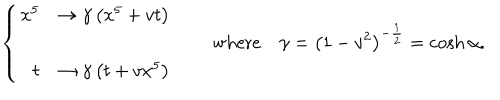
\left\{ \begin{array} { r l } { { x ^ { 5 } } } & { { \rightarrow \gamma \left( x ^ { 5 } + v t \right) } } \\ { { } } & { { } } \\ { { t } } & { { \rightarrow \gamma \left( t + v x ^ { 5 } \right) } } \\ \end{array} \right. \qquad \mathrm { w h e r e } \quad \gamma = \left( 1 - v ^ { 2 } \right) ^ { - { \frac { 1 } { 2 } } } = \cosh \alpha .